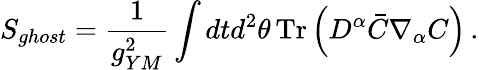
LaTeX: S_{ghost}={\frac{1}{g_{YM}^{2}}}\int dtd^{2}\theta\, \mathrm{Tr}\left(D^{\alpha}\bar{C}\nabla_{\alpha}C\right)\, .